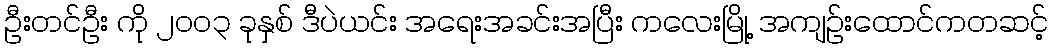
ဦးတင်ဦး ကို ၂၀၀၃ ခုနှစ် ဒီပဲယင်း အရေးအခင်းအပြီး ကလေးမြို့ အကျဉ်းထောင်ကတဆင့်